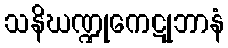
သနိဃဏ္ဍုကေဋုဘာနံ